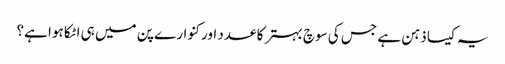
یہ کیسا ذہن ہے جس کی سوچ بہتر کا عدد اور کنوارے پن میں ہی اٹکا ہوا ہے؟